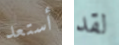
أستعد لقد